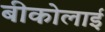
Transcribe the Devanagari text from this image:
बीकोलाई